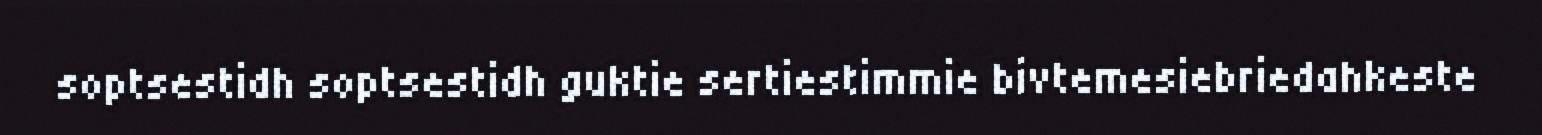
soptsestidh soptsestidh guktie sertiestimmie bivtemesiebriedahkeste